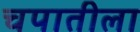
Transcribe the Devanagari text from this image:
चपातीला